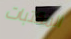
المكتبات